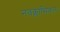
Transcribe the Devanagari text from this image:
नवक्लासिकल